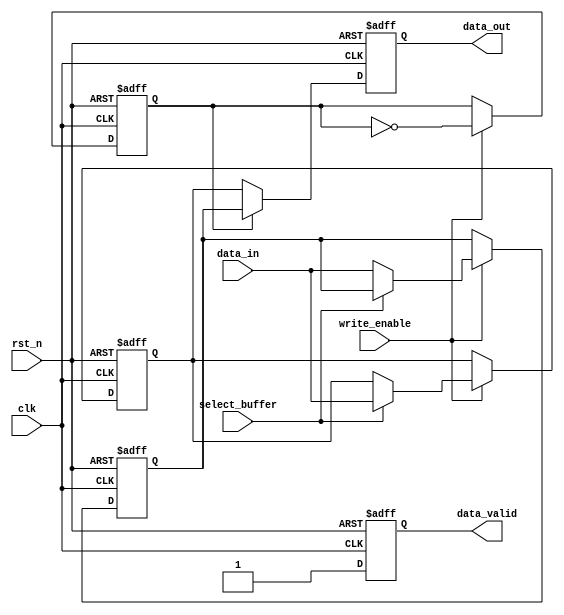
module double_buffer_register (
    input wire clk,                // Clock signal
    input wire rst_n,              // Active low reset
    input wire write_enable,       // Write enable signal
    input wire select_buffer,       // Select buffer (0 for Buffer A, 1 for Buffer B)
    input wire [7:0] data_in,      // Data input (8-bit data)
    output reg [7:0] data_out,     // Data output (8-bit data)
    output reg data_valid          // Data valid signal
);

    // Define two buffers
    reg [7:0] buffer_a;
    reg [7:0] buffer_b;

    // State to track which buffer is currently being written to
    reg current_buffer; // 0 for Buffer A, 1 for Buffer B

    // Sequential logic for writing data to the selected buffer
    always @(posedge clk or negedge rst_n) begin
        if (!rst_n) begin
            buffer_a <= 8'b0;
            buffer_b <= 8'b0;
            current_buffer <= 1'b0; // Start with Buffer A
            data_out <= 8'b0;
            data_valid <= 1'b0;
        end else begin
            if (write_enable) begin
                if (select_buffer == 1'b0) begin
                    buffer_a <= data_in; // Write to Buffer A
                end else begin
                    buffer_b <= data_in; // Write to Buffer B
                end
            end
            
            // Switch buffers after write operation
            if (write_enable) begin
                current_buffer <= ~current_buffer; // Toggle the current buffer
            end
            
            // Output data from the buffer that is not currently being written to
            if (current_buffer == 1'b0) begin
                data_out <= buffer_b; // Read from Buffer B
            end else begin
                data_out <= buffer_a; // Read from Buffer A
            end
            
            // Assert data valid signal
            data_valid <= 1'b1;
        end
    end

endmodule